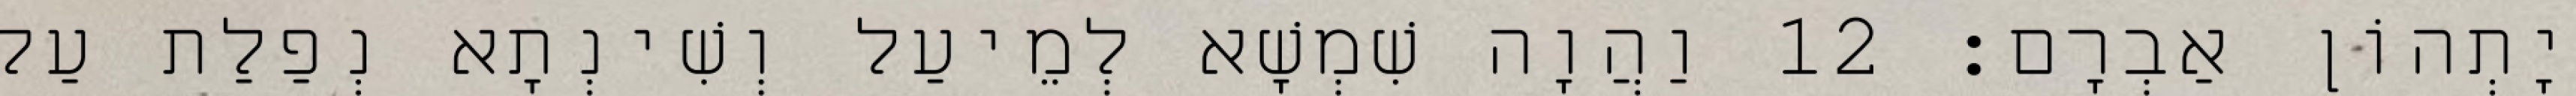
יָתְהוֹן אַבְרָם׃ 12 וַהֲוָה שִׁמְשָׁא לְמֵיעַל וְשִׁינְתָא נְפַלַת עַל